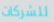
للشركات